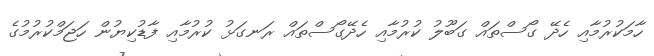
ހާމަކުރުމާއި ހެދޭ ގޯސްތައް ގަބޫލު ކުރުމާއި ހެދޭގޯސްތައް ރަނގަޅު ކުރުމާއި ފާޑުކިޔުން ހަޖަމްކުރުމުގެ